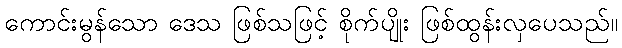
ကောင်းမွန်သော ဒေသ ဖြစ်သဖြင့် စိုက်ပျိုး ဖြစ်ထွန်းလှပေသည်။